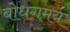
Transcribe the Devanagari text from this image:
बोधगमय